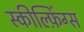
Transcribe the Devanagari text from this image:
स्कील्फ़िंग्स